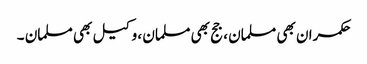
حکمران بھی مسلمان ، جج بھی مسلمان ، وکیل بھی مسلمان ۔